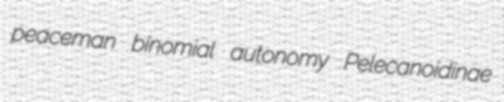
peaceman binomial autonomy Pelecanoidinae